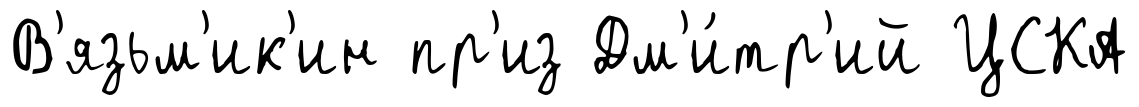
В'язьм'ик'ин пр'из Дм'и́тр'ий ЦСКА